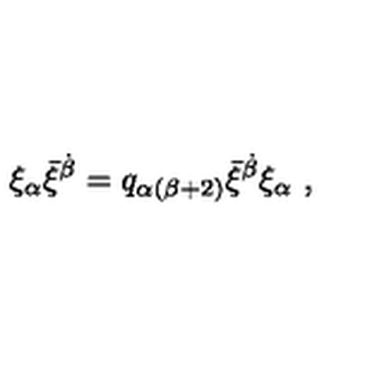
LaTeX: \xi _ { \alpha } \bar { \xi } ^ { \dot { \beta } } = q _ { \alpha ( \beta + 2 ) } \bar { \xi } ^ { \dot { \beta } } \xi _ { \alpha } \ ,